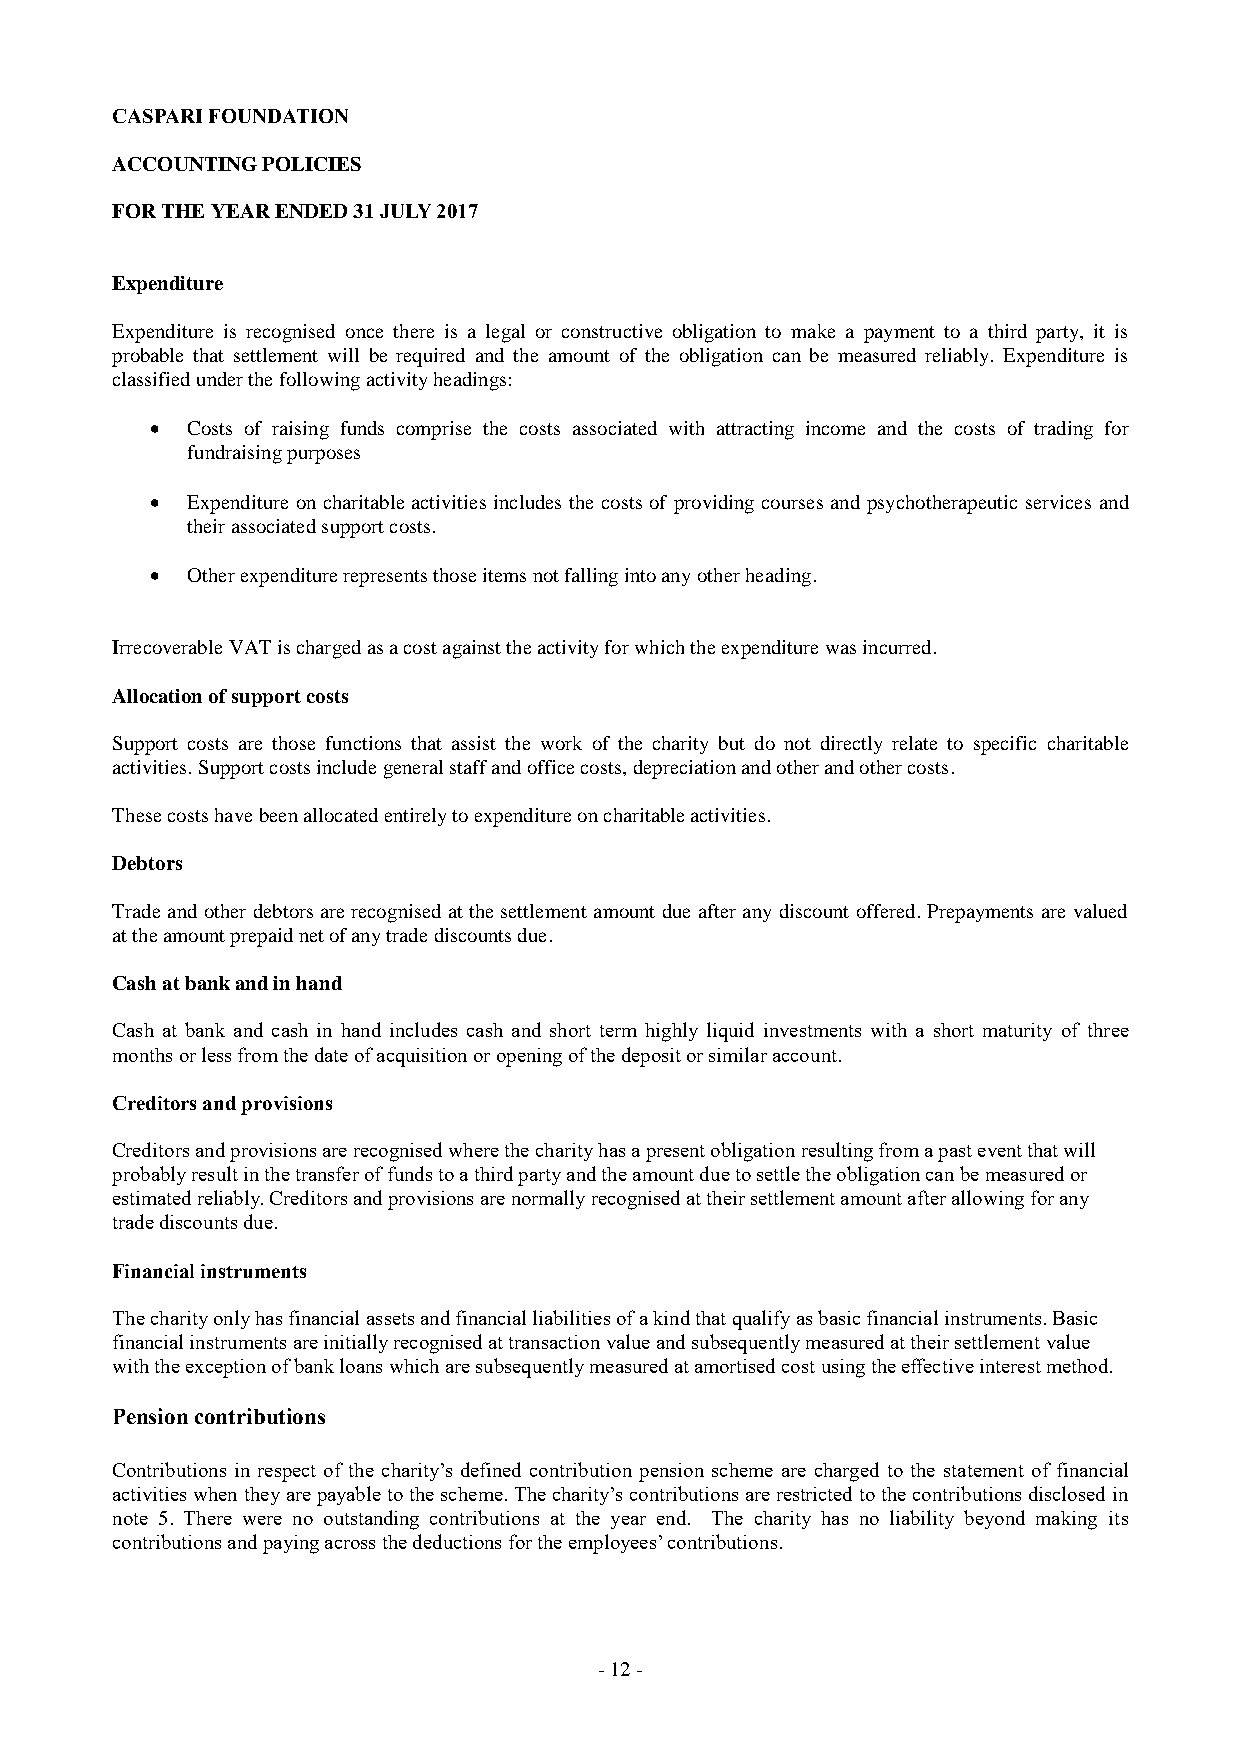
CASPARI FOUNDATION
 ACCOUNTING POLICIES
 FOR THE YEAR ENDED 31 JULY 2017
 Expenditure
 Expenditure is recognised once there is a legal or constructive obligation to make a payment to a third party, it is
 probable that settlement will be required and the amount of the obligation can be measured reliably. Expenditure is
 classified under the following activity headings:
  Costs of raising funds comprise the costs associated with attracting income and the costs of trading for
 fundraising purposes
  Expenditure on charitable activities includes the costs of providing courses and psychotherapeutic services and
 their associated support costs.
  Other expenditure represents those items not falling into any other heading.
 Irrecoverable VAT is charged as a cost against the activity for which the expenditure was incurred.
 Allocation of support costs
 Support costs are those functions that assist the work of the charity but do not directly relate to specific charitable
 activities. Support costs include general staff and office costs, depreciation and other and other costs.
 These costs have been allocated entirely to expenditure on charitable activities.
 Debtors
 Trade and other debtors are recognised at the settlement amount due after any discount offered. Prepayments are valued
 at the amount prepaid net of any trade discounts due.
 Cash at bank and in hand
 Cash at bank and cash in hand includes cash and short term highly liquid investments with a short maturity of three
 months or less from the date of acquisition or opening of the deposit or similar account.
 Creditors and provisions
 Creditors and provisions are recognised where the charity has a present obligation resulting from a past event that will
 probably result in the transfer of funds to a third party and the amount due to settle the obligation can be measured or
 estimated reliably. Creditors and provisions are normally recognised at their settlement amount after allowing for any
 trade discounts due.
 Financial instruments
 The charity only has financial assets and financial liabilities of a kind that qualify as basic financial instruments. Basic
 financial instruments are initially recognised at transaction value and subsequently measured at their settlement value
 with the exception of bank loans which are subsequently measured at amortised cost using the effective interest method.
 Pension contributions
 Contributions in respect of the charity’s defined contribution pension scheme are charged to the statement of financial
 activities when they are payable to the scheme. The charity’s contributions are restricted to the contributions disclosed in
 note 5. There were no outstanding contributions at the year end. The charity has no liability beyond making its
 contributions and paying across the deductions for the employees’ contributions.
 - 1 2 -